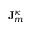
\mathbf { J } _ { m } ^ { \kappa }